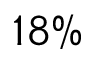
1 8 \%